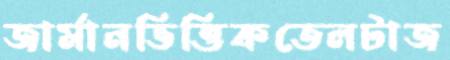
জার্মানভিত্তিকতেলটাজ